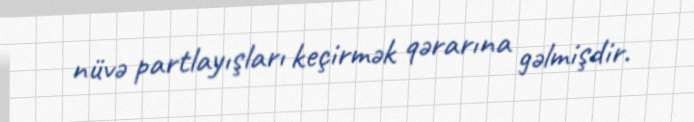
nüvə partlayışları keçirmək qərarına gəlmişdir.